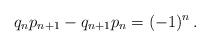
LaTeX: \begin{align*}q_{n}p_{n+1}-q_{n+1}p_{n}= (-1)^{n}\,.\end{align*}